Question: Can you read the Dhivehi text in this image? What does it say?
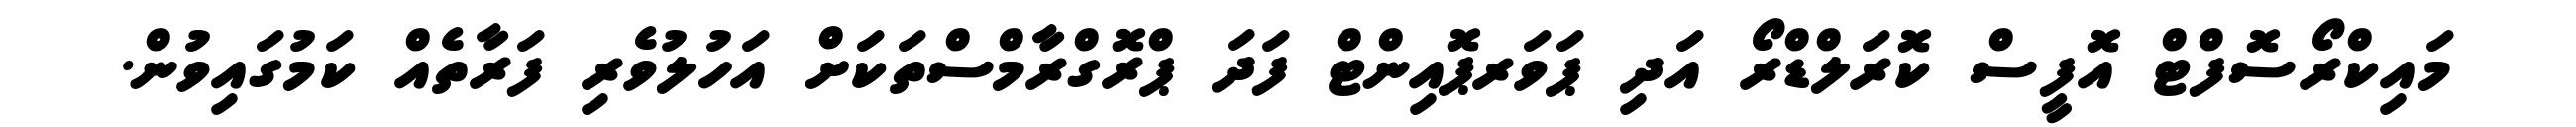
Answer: މައިކްރޯސޮފްޓް އޮފީސް ކޮރަލްޑްރޯ އަދި ޕަވަރޕޮއިންޓް ފަދަ ޕްރޮގްރާމްސްތަކަށް އަހުލުވެރި ފަރާތެއް ކަމުގައިވުން.